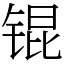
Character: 锟